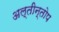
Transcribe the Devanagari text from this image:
अल्तीन्तोप